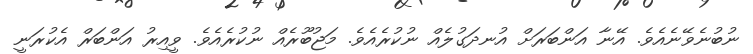
ނުބުނެވޭނެއެވެ. އޭނާ އަންބަރަށް އުނދަގުލެއް ނުކުރެއެވެ. މަޖުބޫރެއް ނުކުރެއެވެ. ވީއިރު އަންބަރް އެކުރަނީ